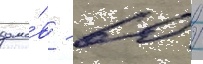
домо́в - 60 /